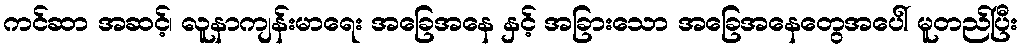
ကင်ဆာ အဆင့်၊ လူနာကျန်းမာရေး အခြေအနေ နှင့် အခြားသော အခြေအနေတွေအပေါ် မူတည်ပြီး